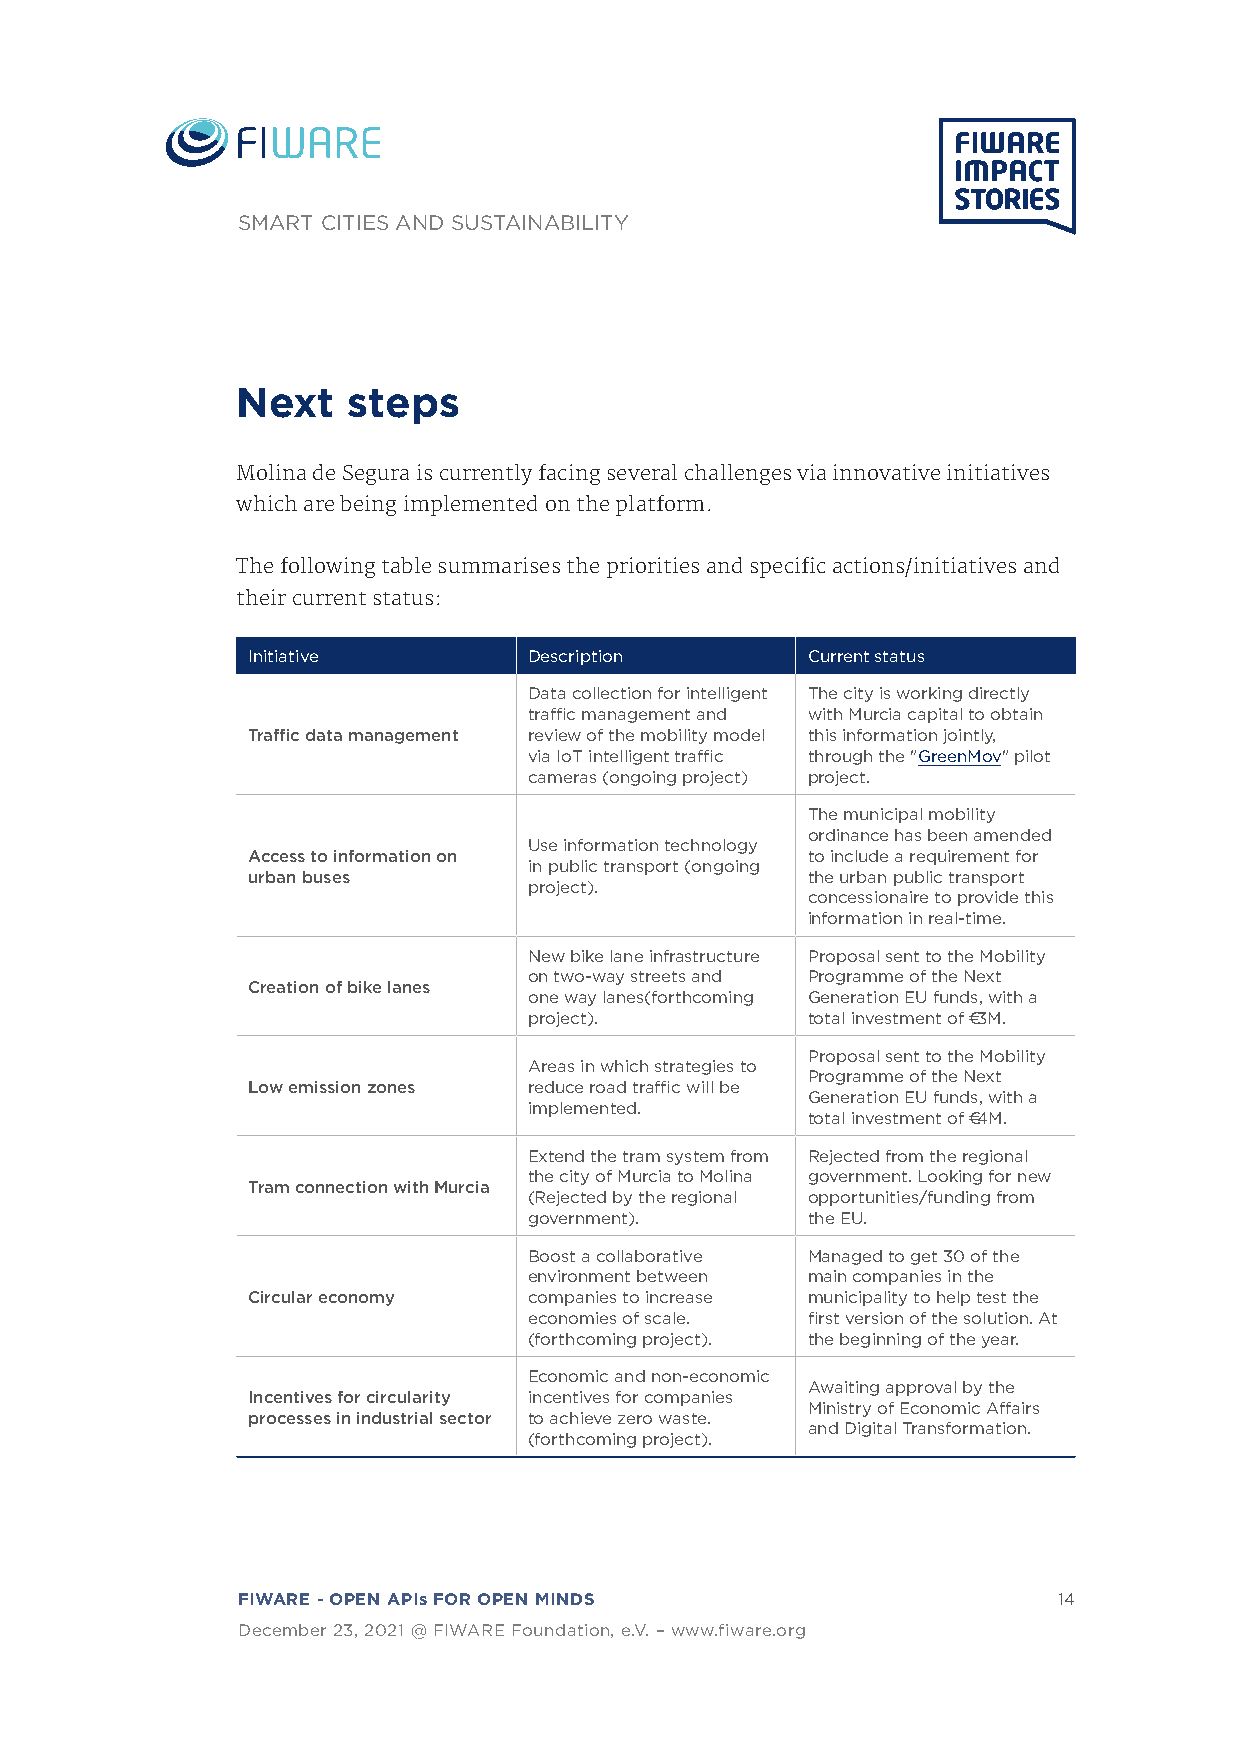
SMART CITIES AND SUSTAINABILITY
 Next   steps
 Molina de Segura is currently facing several challenges via innovative initiatives
 which are being implemented on the platform.
 The following table summarises the priorities and specific actions/initiatives and
 their current status:
 Initiative         Description       Current status
 Data collection for intelligent The city is working directly
 traffic management and with Murcia capital to obtain
 Traffic data management review of the mobility model this information jointly,
 via IoT intelligent traffic through the "GreenMov" pilot
 cameras (ongoing project) project.
 The municipal mobility
 ordinance has been amended
 Use information technology
 Access to information on             to include a requirement for
 in public transport (ongoing
 urban buses                          the urban public transport
 project).
 concessionaire to provide this
 information in real-time.
 New bike lane infrastructure Proposal sent to the Mobility
 on two-way streets and Programme of the Next
 Creation of bike lanes
 one way lanes(forthcoming Generation EU funds, with a
 project).         total investment of €3M.
 Proposal sent to the Mobility
 Areas in which strategies to
 Programme of the Next
 Low emission zones reduce road traffic will be
 Generation EU funds, with a
 implemented.
 total investment of €4M.
 Extend the tram system from Rejected from the regional
 the city of Murcia to Molina government. Looking for new
 Tram connection with Murcia
 (Rejected by the regional opportunities/funding from
 government).      the EU.
 Boost a collaborative Managed to get 30 of the
 environment between main companies in the
 Circular economy   companies to increase municipality to help test the
 economies of scale. first version of the solution. At
 (forthcoming project). the beginning of the year.
 Economic and non-economic
 Awaiting approval by the
 Incentives for circularity incentives for companies
 Ministry of Economic Affairs
 processes in industrial sector to achieve zero waste.
 and Digital Transformation.
 (forthcoming project).
 FIWARE - OPEN APIs FOR OPEN MINDS                     14
 December 23, 2021 @ FIWARE Foundation, e.V. – www.fiware.org